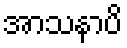
အာသနာပိ